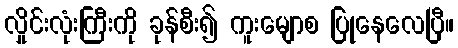
လှိုင်းလုံးကြီးကို ခုန်စီး၍ ကူးမျောစ ပြုနေလေပြီ။